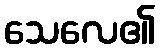
သေလေ၏